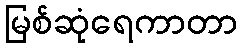
မြစ်ဆုံရေကာတာ